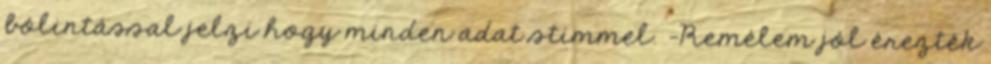
bólintással jelzi hogy minden adat stimmel. -Remélem jól érezték